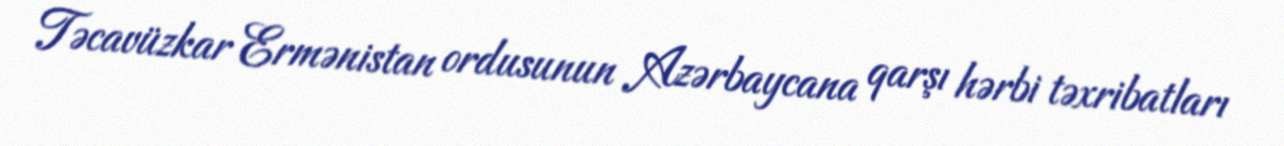
Təcavüzkar Ermənistan ordusunun Azərbaycana qarşı hərbi təxribatları